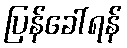
ပြန်ခေါ်ရန်